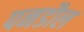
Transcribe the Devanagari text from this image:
पनडौल